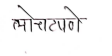
मजकूर: लोचटपणे